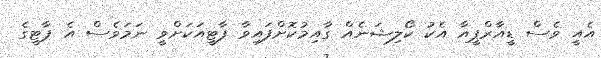
އެއީ ވެސް ޑީއާރްޕީއާ އެކު ކޯލިޝަނެއް ގާއިމުކޮށްފައިވާ ޕާޓީއަކަށްވީ ނަމަވެސް އެ ޕާޓީގެ